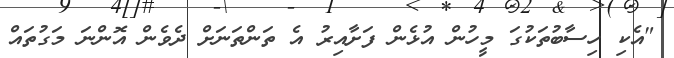
"އެކި ހިސާބުތަކުގަ މީހުން އުޅެން ފަށާއިރު އެ ތަންތަނަށް ދެވެން އޮންނަ މަގުތައް